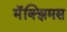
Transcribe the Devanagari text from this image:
मॅक्झिमस